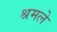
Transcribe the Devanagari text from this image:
श्रमले